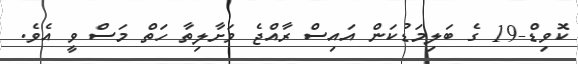
ކޮވިޑް-19 ގެ ބަލިމަޑުުކަން އައިސް ރާއްޖެ ވަށާލިތާ ހަތް މަސް ވީ އެވެ.